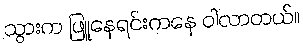
သွားက ဖြူနေရင်းကနေ ဝါလာတယ်။